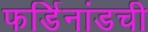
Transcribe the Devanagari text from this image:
फर्डिनांडची